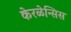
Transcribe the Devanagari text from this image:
केरळेन्सिस